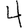
Digit: 4